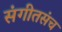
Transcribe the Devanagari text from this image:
संगीतसंच